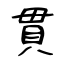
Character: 貫